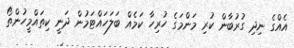
އެއްގެ ނިދި ގުރުބާން ކުރި މަންމަގެ ހުރިހާ ކަމެއް ބަލަހައްޓަމުން ދަނީ ކިތައްމީހުންތޯ